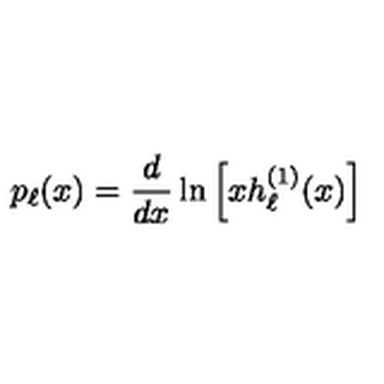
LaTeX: p _ { \ell } ( x ) = \frac { d } { d x } \ln \left[ x h _ { \ell } ^ { ( 1 ) } ( x ) \right]